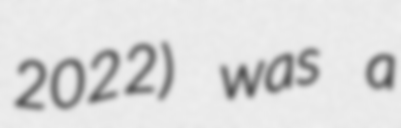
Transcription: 2022) was a